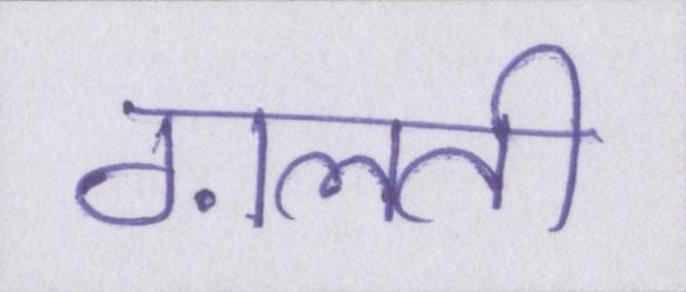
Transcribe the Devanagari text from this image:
ग़लती